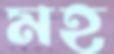
মহ